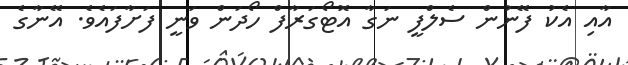
އާއި އެކު ފޭނުން ސެލްފީ ނަގާ އޮޓޯގަރާފް ހޯދަން ވަނީ ފަށާފައެވެ. އޭނާގެ